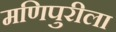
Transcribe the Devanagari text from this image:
मणिपुरीला